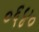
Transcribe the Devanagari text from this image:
०६४०